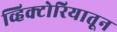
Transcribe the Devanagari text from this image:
व्हिक्टोरियातून